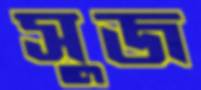
সুজ